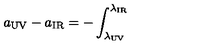
a _ { \mathrm { U V } } - a _ { \mathrm { I R } } = - \int _ { \lambda _ { \mathrm { U V } } } ^ { \lambda _ { \mathrm { I R } } }